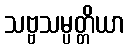
သဗ္ဗသမ္ပတ္တိယာ